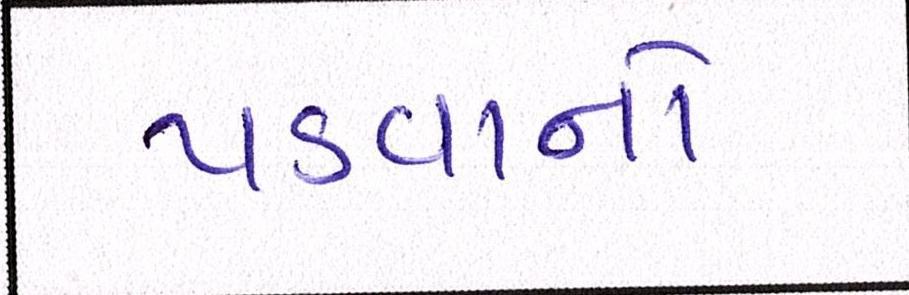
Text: પડવાનો